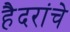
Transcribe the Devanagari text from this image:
हैदरांचे